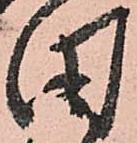
田